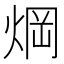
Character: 焵